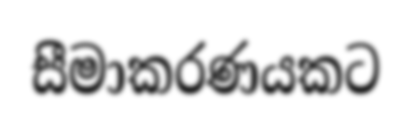
සීමාකරණයකට